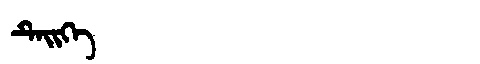
Manchu: ᡨᡝᡳᡴᡝ
Romanization: TEIKE